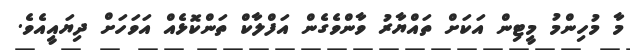
މާ މުހިންމު މީޓިން އަކަށް ތައްޔާރު ވާންވެގެން އަފްލާކް ތަންކޮޅެއް އަވަހަށް ދިޔައީއެވެ.